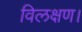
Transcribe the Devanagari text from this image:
विलक्षण।